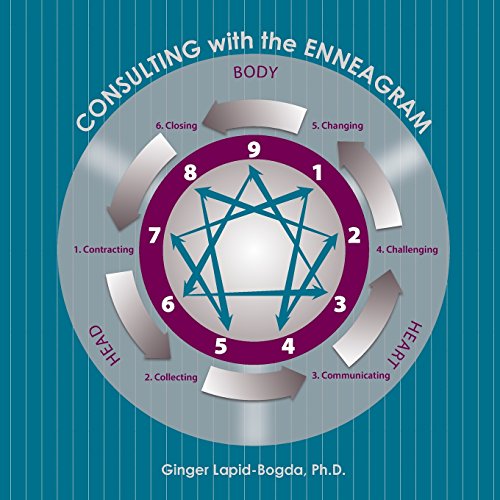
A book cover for Consulting with the Enneagram; Ginger Lapid-Bogda; Business & Money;